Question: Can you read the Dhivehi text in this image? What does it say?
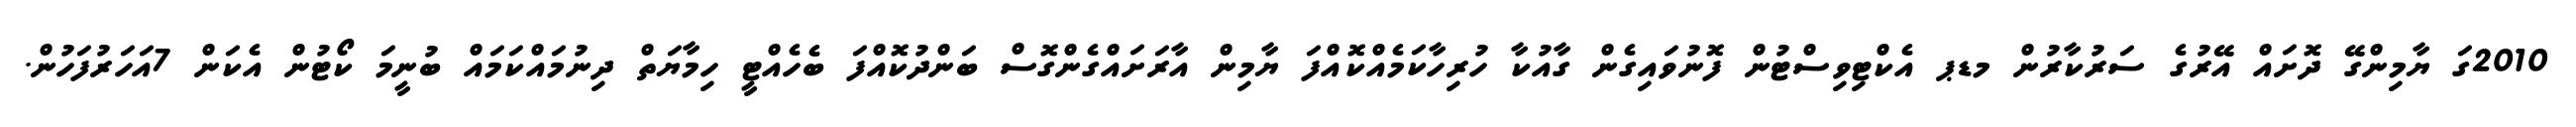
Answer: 2010ގަ ޔާމިންގޭ ދޮށައް އޭރުގެ ސަރުކާރުން މޑޕ އެކްޓިވިސްޓުން ފޮނުވައިގެން ގާއުކާ ހުރިހާކަމެއްކޮއްފަ ޔާމިން އާރަށައްގެންގޮސް ބަންދުކޮއްފަ ބެހެއްޓީ ހިމާޔަތް ދިނުމައްކަމައް ބުނީމަ ކޯޓުން އެކަން 7އަހަރުފަހުން.